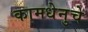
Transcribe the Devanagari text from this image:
कामधेनुचे